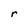
Character: r